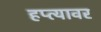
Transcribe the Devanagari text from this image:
हप्त्यावर